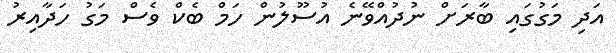
އަދި މަގުގައި ބާރަށް ނުދުއްވޭނެ އުސޫލުން ހަމްް ބެކް ވެސް މަގު ހަދާއިރު